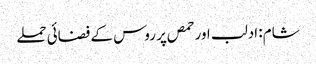
شام: ادلب اور حمص پر روس کے فضائی حملے